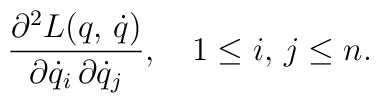
\frac{\partial ^2L(q,\,\dot q)}{\partial \dot q_i\,\partial \dot q_j},\quad 1\leq i,\,j\leq n.